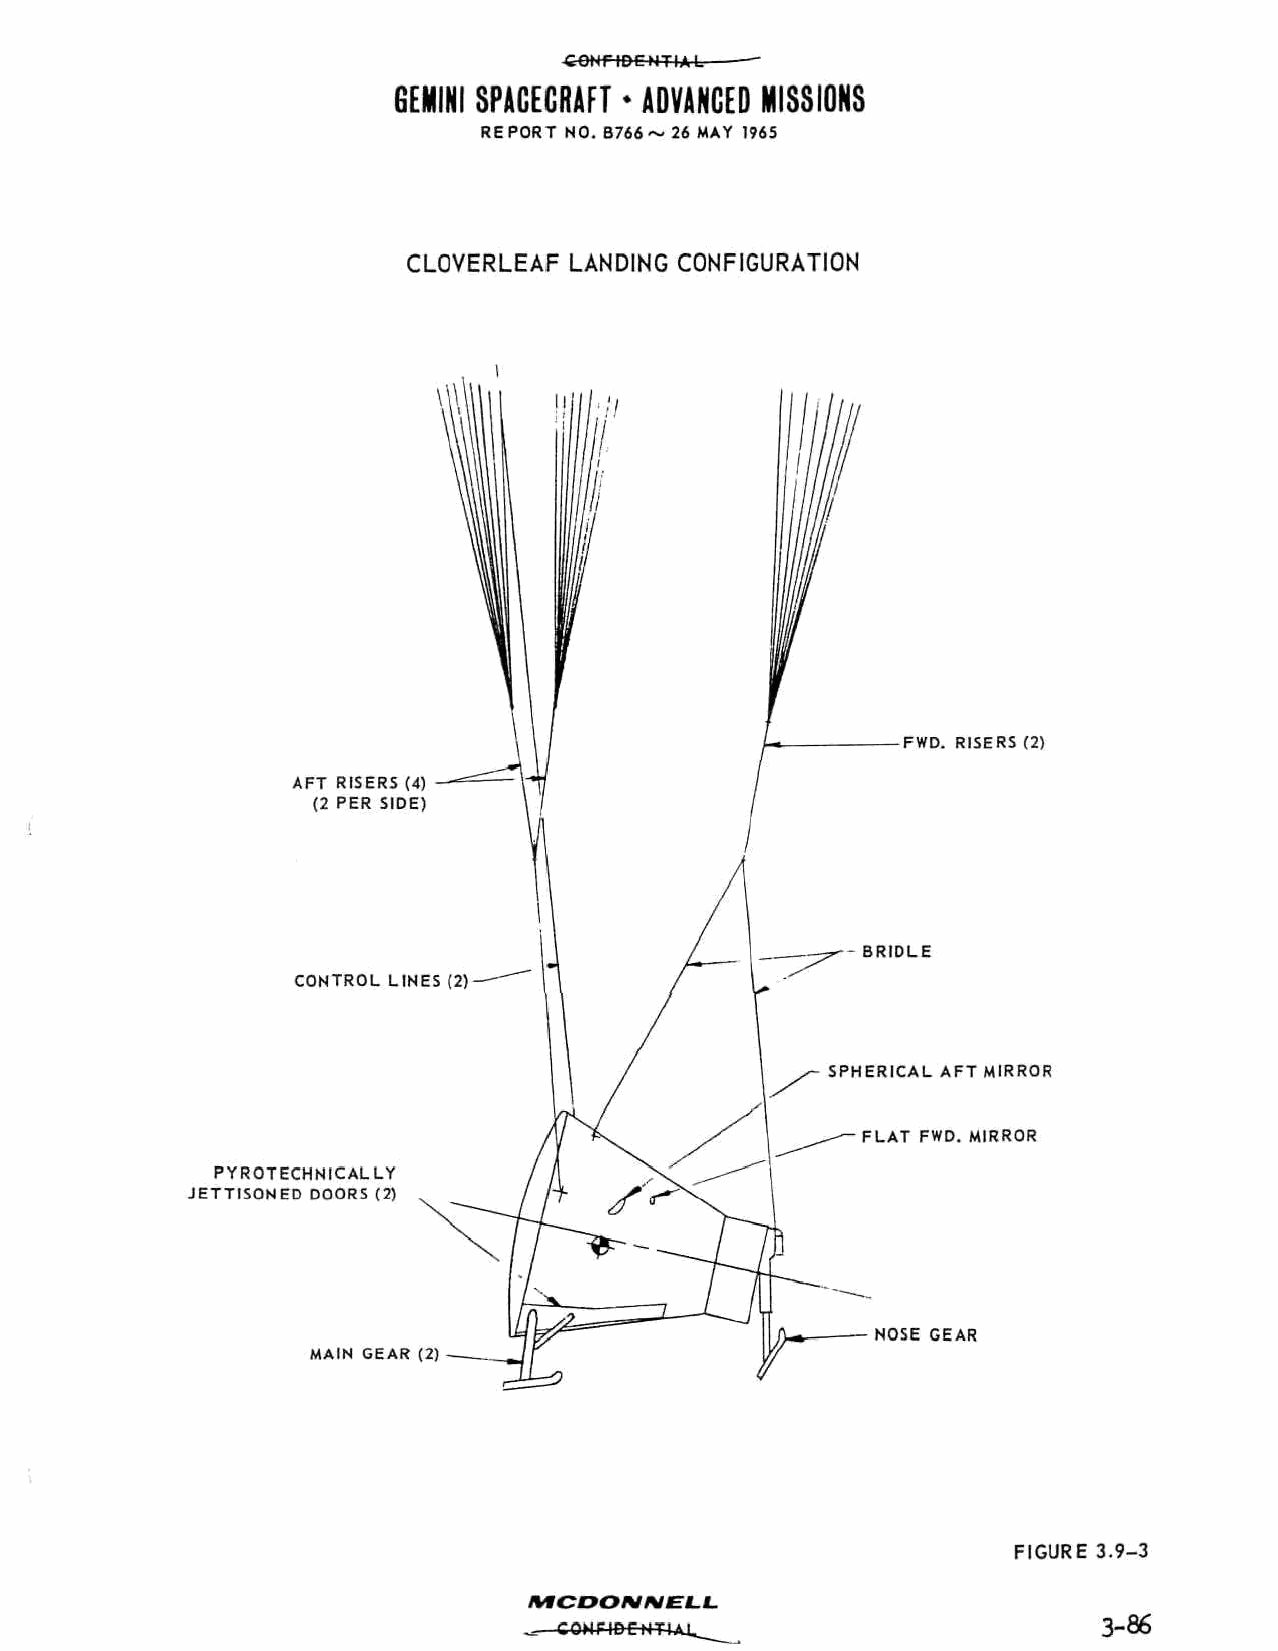
•COHMDCHTIAL
 GEMINI SPACECRAFT • ADVANCED MISSIONS
 REPORT NO. B766~ 26 MAY 1965
 CLOVERLEAF LANDING CONFIGURATION
 FWD. RISERS (2)
 AFT RISERS (4)
 (2 PER SIDE)
 BRIDLE
 CONTROL LINES
 SPHERICAL AFT MIRROR
 FLAT FWD. MIRROR
 PYROTECHNICALLY
 JETTISONED DOORS (2)
 - NOSE GEAR
 MAIN GEAR (2)
 FIGURE 3.9-3
 MCDONNELL.